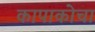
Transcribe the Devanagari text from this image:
कापाकोचा